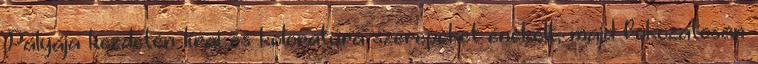
Pályája kezdetén lírai és koloratúra szerepeket énekelt, majd fokozatosan